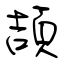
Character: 頡